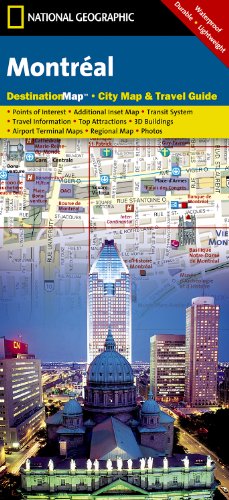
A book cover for Montreal (National Geographic Destination City Map); National Geographic Maps; Travel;